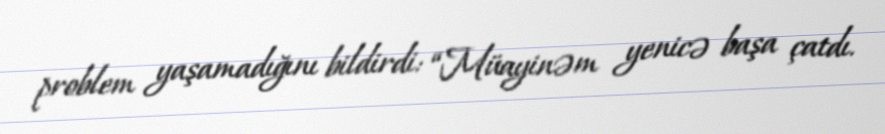
problem yaşamadığını bildirdi: “Müayinəm yenicə başa çatdı.